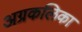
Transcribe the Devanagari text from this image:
अग्रकलिका